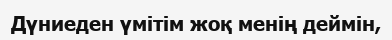
Дүниеден үмітім жоқ менің деймін,